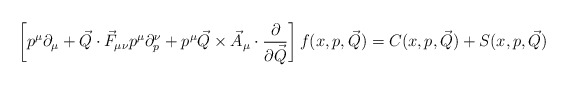
\begin{align*}\left[ p^\mu\partial_\mu+\vec{Q}\cdot \vec{F}_{\mu\nu}p^{\mu}\partial_p^\nu+p^{\mu}\vec{Q}\times \vec{A}_\mu \cdot {\partial \over \partial \vec{Q}} \right]f(x,p,\vec{Q})=C(x,p,\vec{Q})+S(x,p,\vec{Q})\end{align*}